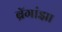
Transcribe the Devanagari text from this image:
ब्रॅगांझा